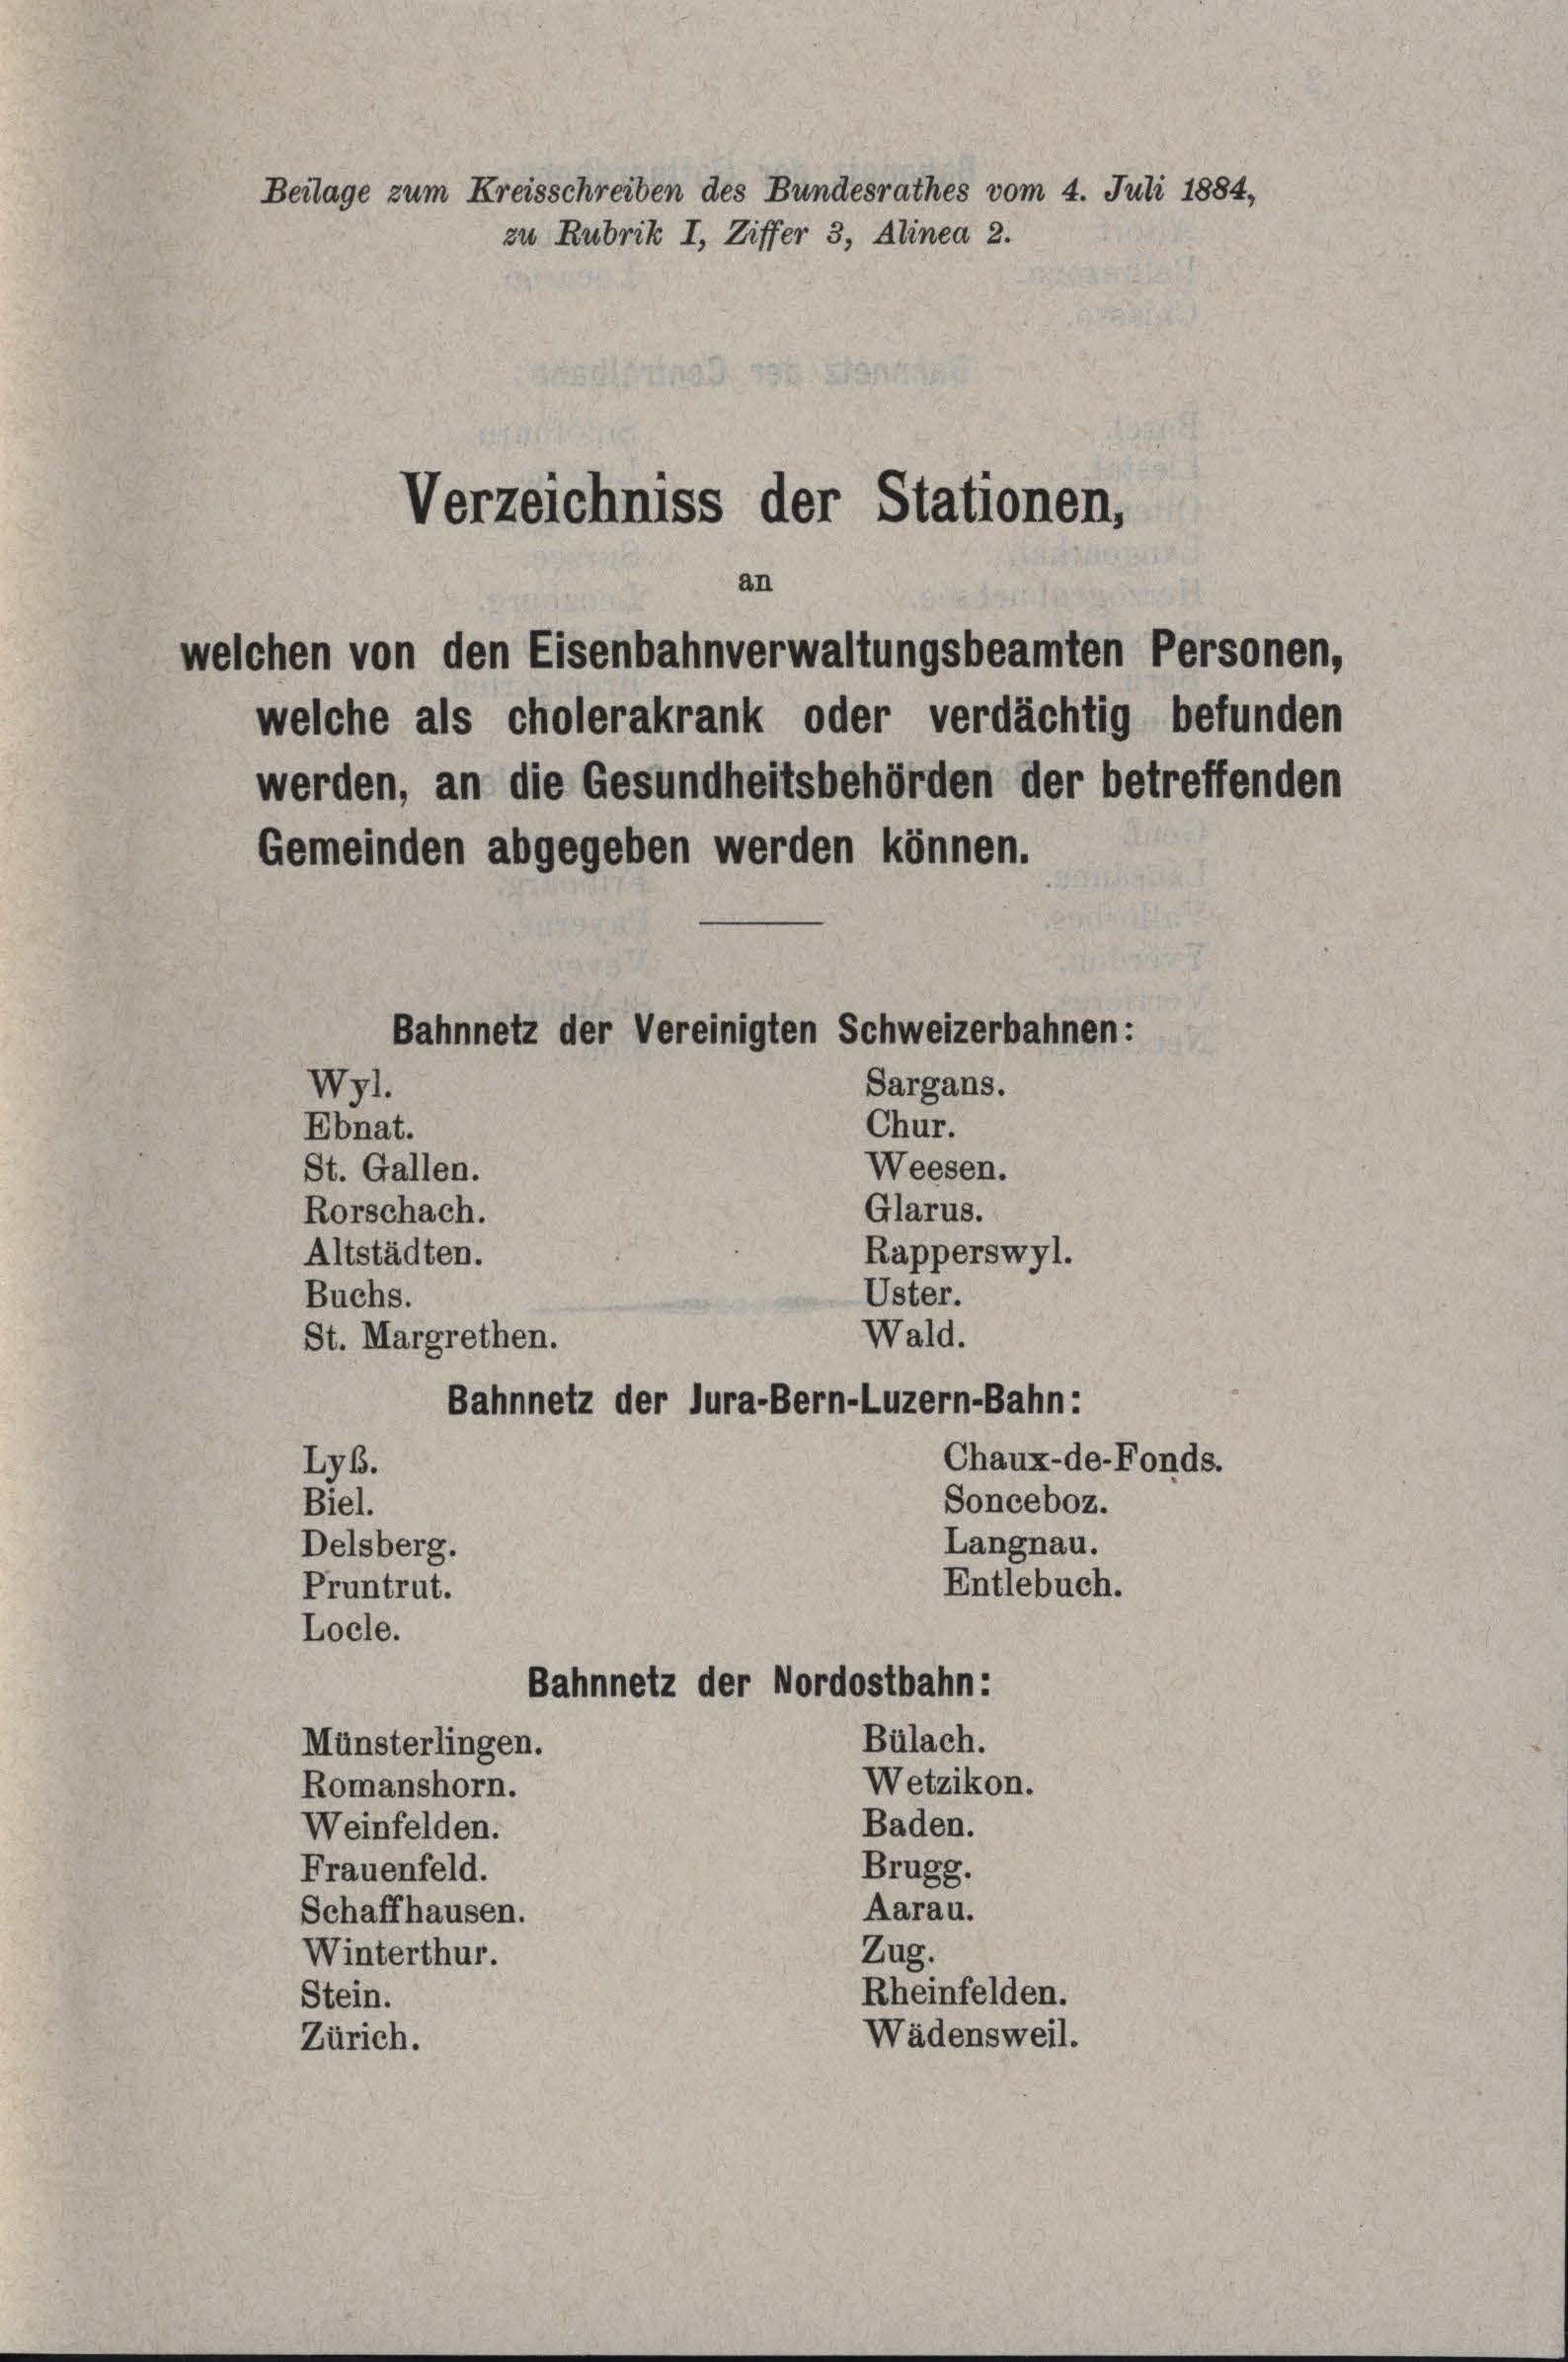
Beilage zum Kreisschreiben des Bundesrathes vom 4. Juli 1884,
zu Rubrik I, Ziffer 3, Alinea 2.
Verzeichniss der Stationen,
an
welchen von den Eisenbahnverwaltungsbeamten Personen,

welche als cholerakrank oder verdächtig befunden
werden, an die Gesundheitsbehörden der betreffenden
Gemeinden abgegeben werden können.

Bahnnetz der Vereinigten Schweizerbahnen:
Sargans.
Wyl.

Chur.
Weesen.
St. Gallen.

Bahnnetz der Jura-Bern-Luzern-Bahn:

Ebnat.
Glarus.
Rorschach.
Rapperswyl.
Altstädten.
Uster.
Buchs.
Wald.
St. Margrethen.
LyB.
Biel.
Delsberg.
Entlebuch.
Pruntrut.
Locle.
Bahnnetz der Nordostbahn:
Bülach.
Münsterlingen.
Wetzikon.
Romanshorn.
Baden.
Weinfelden.
Brugg.
Frauenfeld.
Aarau.
Schaffhausen.
Zug.
Winterthur.
Rheinfelden.
Stein.
Wädensweil.
Zürich.

Sonceboz.

Chaux-de-Fonds.
Langnau.